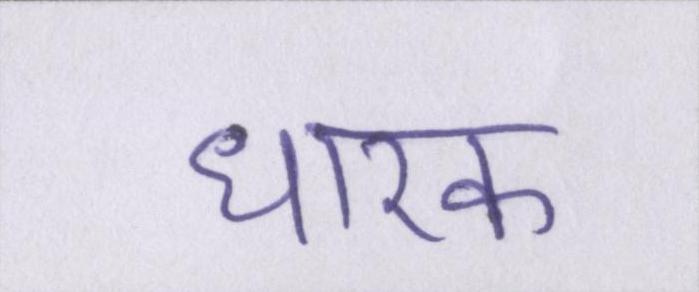
धारक